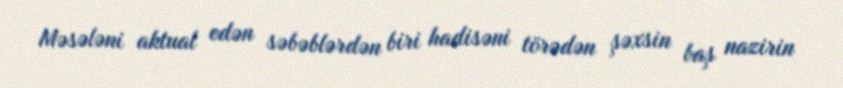
Məsələni aktual edən səbəblərdən biri hadisəni törədən şəxsin baş nazirin